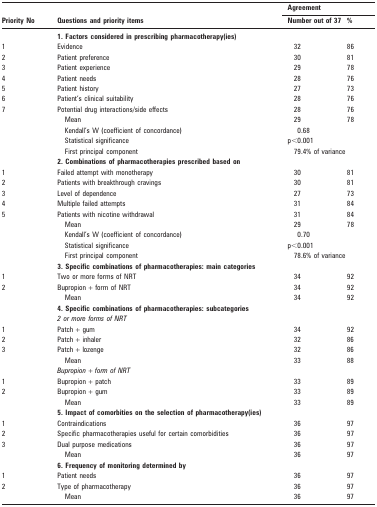
| <ROWSPAN=2> Priority No | <ROWSPAN=2> Questions and priority items | <COLSPAN=2> Agreement |
 | Number out of 37 | % |
 | --- | --- | --- | --- |
 |  | 1. Factors considered in prescribing pharmacotherapy(ies) |  |  |
 | 1 | Evidence | 32 | 86 |
 | 2 | Patient preference | 30 | 81 |
 | 3 | Patient experience | 29 | 78 |
 | 4 | Patient needs | 28 | 76 |
 | 5 | Patient history | 27 | 73 |
 | 6 | Patient’s clinical suitability | 28 | 76 |
 | 7 | Potential drug interactions/side effects | 28 | 76 |
 |  | Mean | 29 | 78 |
 |  | Kendall’s W (coefficient of concordance) | 0.68 |  |
 |  | Statistical significance | p<0.001 |  |
 |  | First principal component | 79.4% of variance |  |
 |  | 2. Combinations of pharmacotherapies prescribed based on |  |  |
 | 1 | Failed attempt with monotherapy | 30 | 81 |
 | 2 | Patients with breakthrough cravings | 30 | 81 |
 | 3 | Level of dependence | 27 | 73 |
 | 4 | Multiple failed attempts | 31 | 84 |
 | 5 | Patients with nicotine withdrawal | 31 | 84 |
 |  | Mean | 29 | 78 |
 |  | Kendall’s W (coefficient of concordance) | 0.70 |  |
 |  | Statistical significance | p<0.001 |  |
 |  | First principal component | 78.6% of variance |  |
 |  | 3. Specific combinations of pharmacotherapies: main categories |  |  |
 | 1 | Two or more forms of NRT | 34 | 92 |
 | 2 | Bupropion + form of NRT | 34 | 92 |
 |  | Mean | 34 | 92 |
 |  | 4. Specific combinations of pharmacotherapies: subcategories |  |  |
 |  | 2 or more forms of NRT |  |  |
 | 1 | Patch + gum | 34 | 92 |
 | 2 | Patch + inhaler | 32 | 86 |
 | 3 | Patch + lozenge | 32 | 86 |
 |  | Mean | 33 | 88 |
 |  | Bupropion + form of NRT |  |  |
 | 1 | Bupropion + patch | 33 | 89 |
 | 2 | Bupropion + gum | 33 | 89 |
 |  | Mean | 33 | 89 |
 |  | 5. Impact of comorbities on the selection of pharmacotherapy(ies) |  |  |
 | 1 | Contraindications | 36 | 97 |
 | 2 | Specific pharmacotherapies useful for certain comorbidities | 36 | 97 |
 | 3 | Dual purpose medications | 36 | 97 |
 |  | Mean | 36 | 97 |
 |  | 6. Frequency of monitoring determined by |  |  |
 | 1 | Patient needs | 36 | 97 |
 | 2 | Type of pharmacotherapy | 36 | 97 |
 |  | Mean | 36 | 97 |